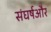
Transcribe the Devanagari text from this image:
संघर्षऔर